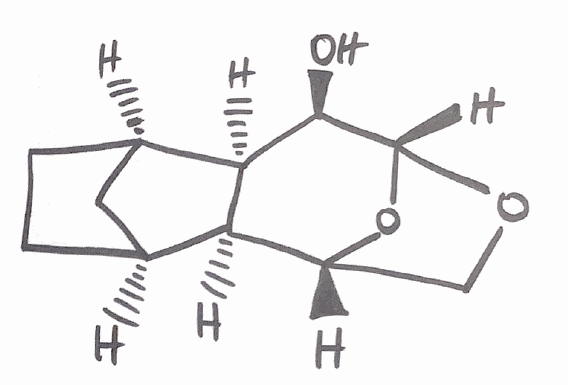
Simplified molecular-input line-entry system (SMILES) notation of the given molecule:
C1C[C@@H]2C[C@H]1[C@H]3[C@@H]2[C@H]([C@@H]4OC[C@H]3O4)O